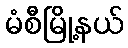
မံစီမြို့နယ်